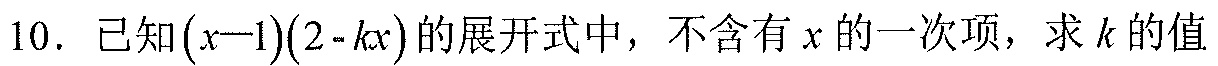
10. 已知\((x - 1)(2 - kx)\)的展开式中，不含有\(x\)的一次项，求\(k\)的值